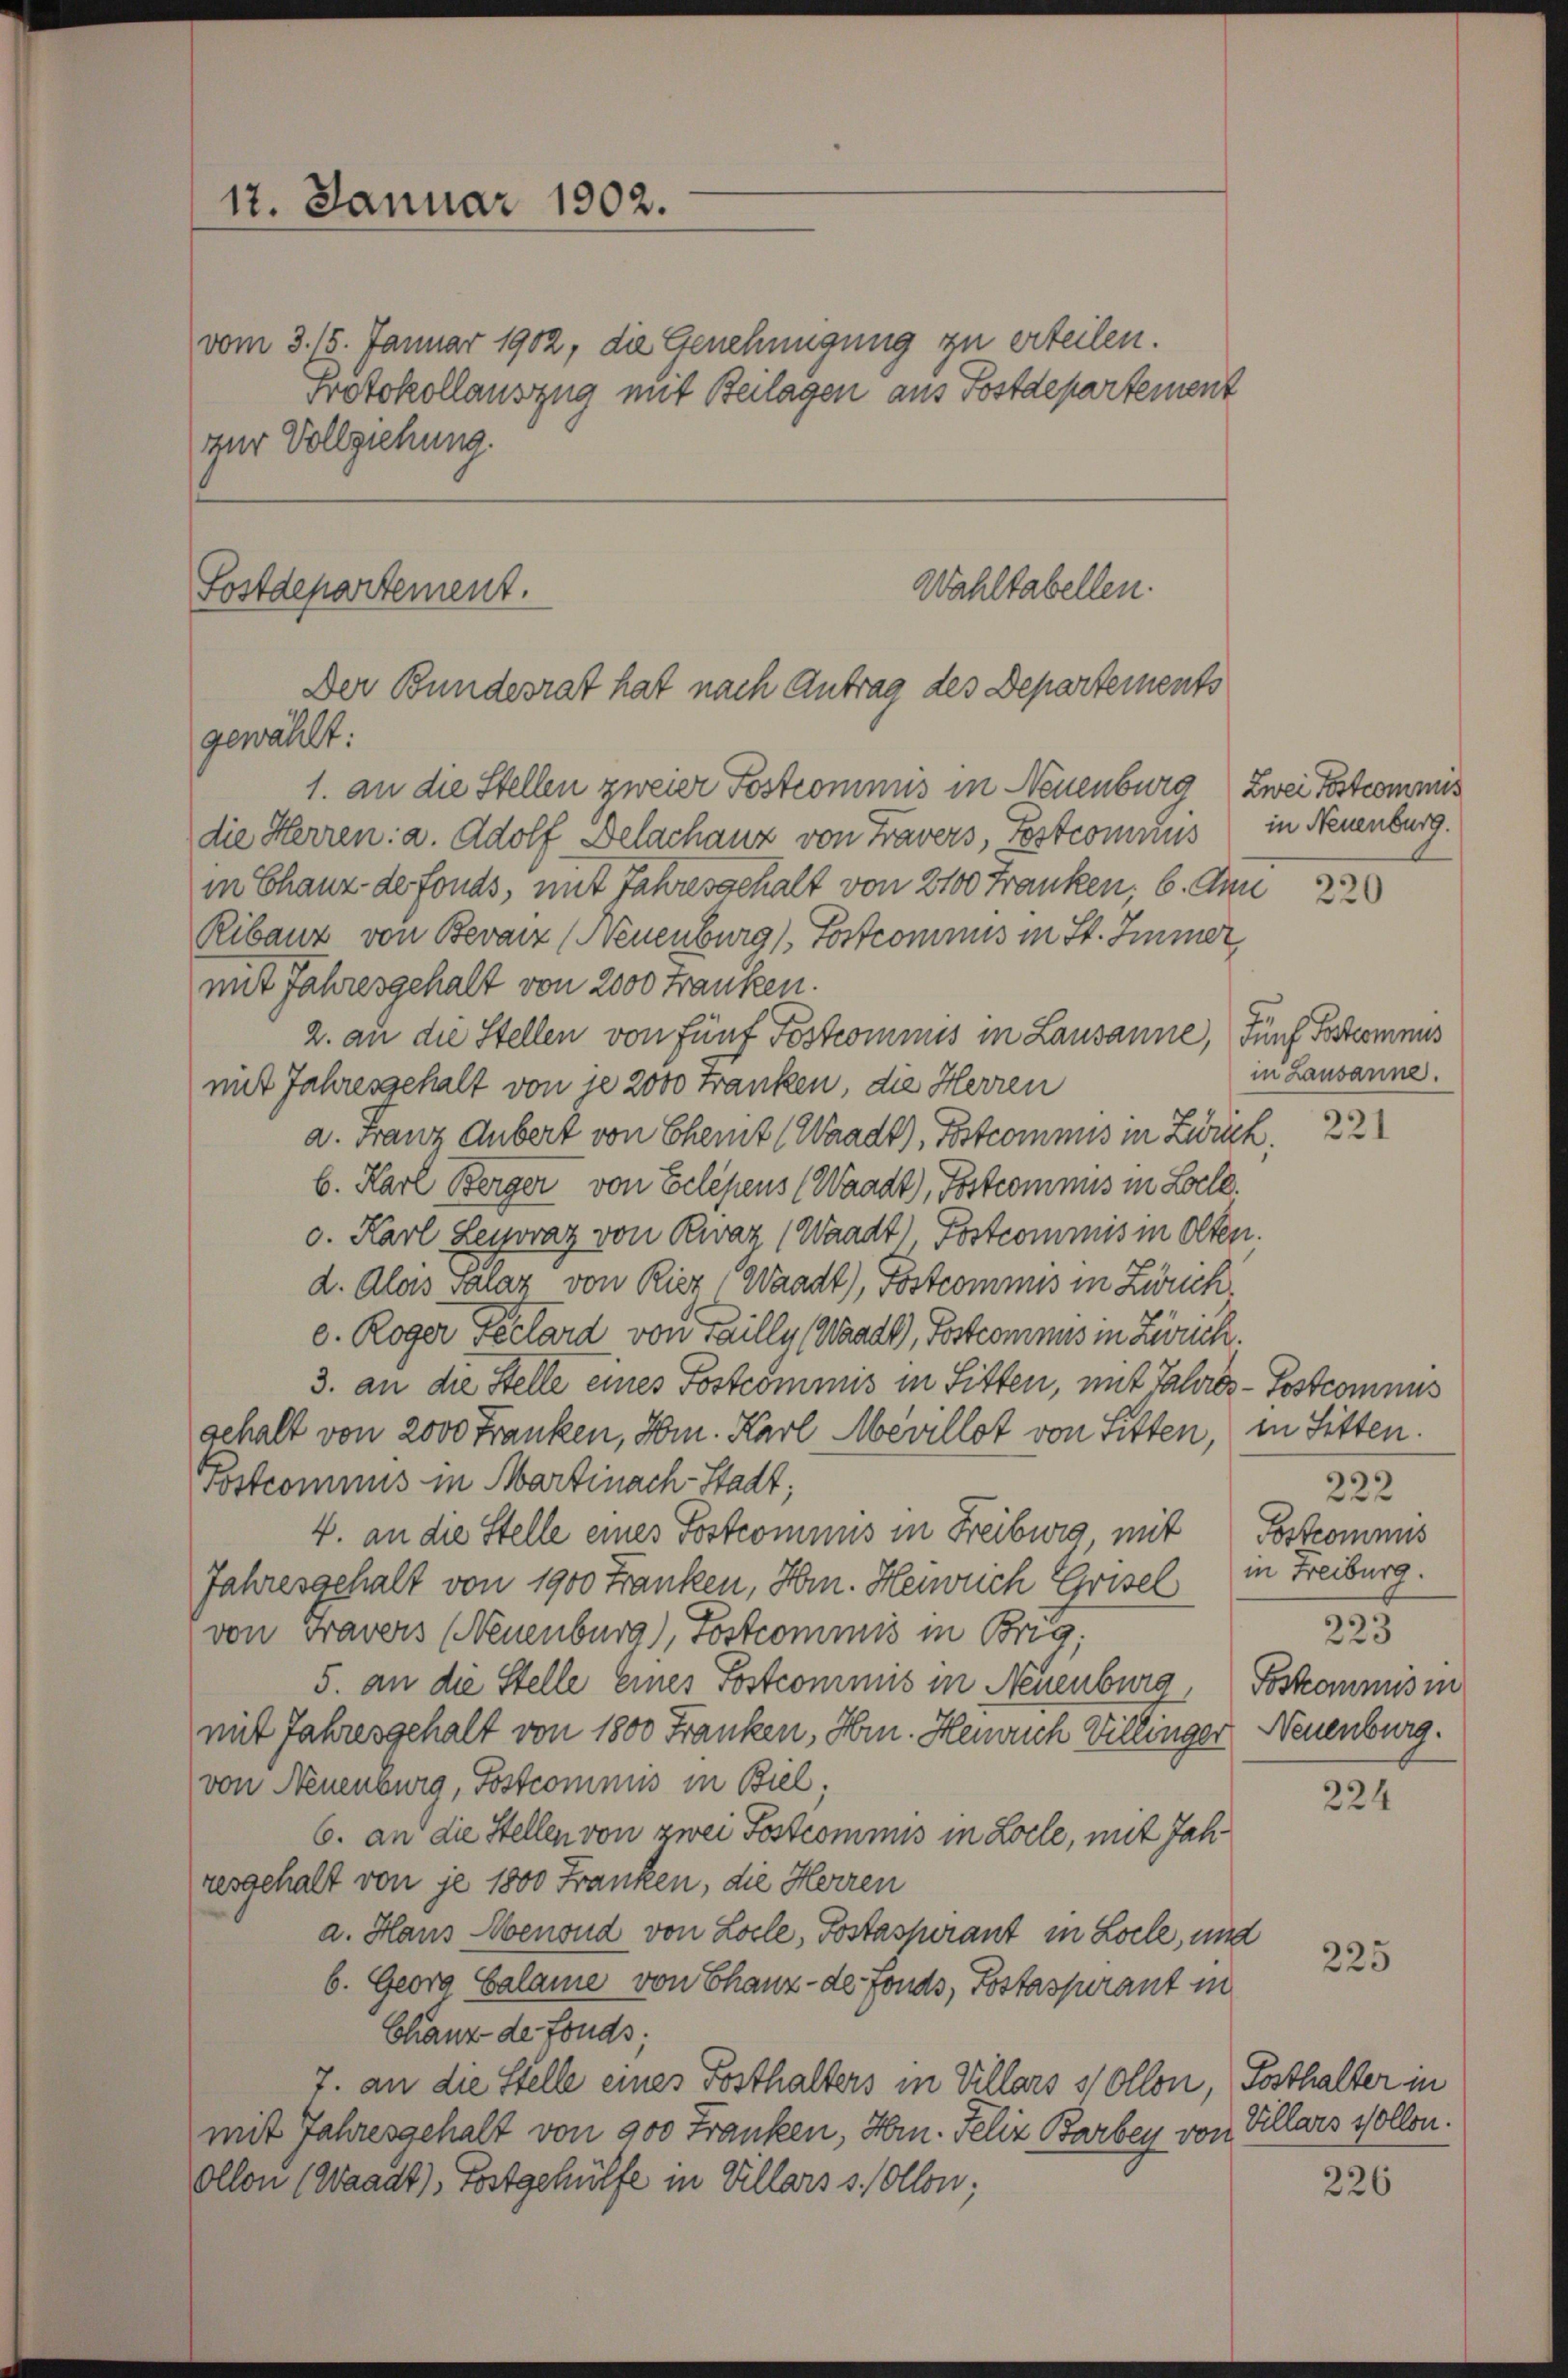
12. Januar 1902.

vom 3. 15. Januar 1902, die Genehmigung zu erteilen.
Protokollauszug mit Beilagen aus Postdepartement
zur Vollziehung.

Wahltabellen.
Sostdepartement.
Der Bundesrat hat nach Antrag des Departements
gewählt:

1. an die Stellen zweier Postcommis in Neuenburg Zwei Festcommis
die Herren: a. Adolf Delachanz von Travers, Postcomnus in Neuenburg.
in Chanz de fonds, mit Jahresgehalt von 2100 Franken, 6. Ann 22
Ribanz von Bevarz (Neuenburg) Postcommis in St. Immer,
mit Jahresgehalt von 2000 Franken.
2. an die Stellen von Fünf Postcommis in Lausanne, Fünf Ferkomnus
mit Jahresgehalt von je 2000 Franken, die Herren
a. Franz Gubert von Chemt (Waadt, Postcommis in Zurück.
b. Karl Berger von Eelesens (Waadt, Postcommis in Locke.
v. Karl Leyoraz von Zwar (Waadt) Postcommis in Olten.
d. Alois Salar von Rier Waadt), Postcommis in Zweck.
c. Roger Fellard von Filly (Waadt, Postcommis in Zürich
3. an die Stelle eines Postcommis in Sitten, mit Jahres - Postcomnus
gehalt von 2000 Franken, Hr. Karl Mevillot von Sitten, in Sitten.
Postcommis in Martinach-Stadt;
4. an die Stelle eines Postcomnus in Freiburg mit Postcommis
Jahresgehalt von 1900 Franken, Hrn. Henrich Grisel, in Freiburg.
von Fravers (Neuenburg), Postcommis in Brig,
5. an die Stelle eines Postcommis in Neuenburg, Toskommis in
mit Jahresgehalt von 1800 Franken, Hrn. Heinrich Villinger Neuenburg.
von Neuenburg, Postcommis in Biel,
6. an die Stellen von zwei Postcommis in Locle, mit Jahresgehalt von je 1800 Franken, die Herren
a. Haus Menoud von Locle, Postaspirant in Locle, und
6. Georg Calame von Thanz- de fonds, Postaspirant in
Chanz der Fonds;
7. an die Stelle eines Posthalters in Villars stollon, Posthalter in
mit Jahresgehalt von 900 Franken, Hrn. Felix Barbey von Villars sollen.
Ollon (Waadt), Postgehülfe in Villars s. Collen;

in Lausanne.

221

222
223

224

225

226